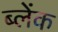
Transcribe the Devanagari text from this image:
ब्लेंक